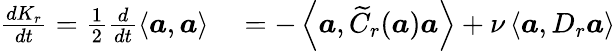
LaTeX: \begin{array}{rl}{\frac{dK_{r}}{dt}=\frac{1}{2}\frac{d}{dt}\left<\boldsymbol{a},\boldsymbol{a}\right>}&{{}=-\left<\boldsymbol{a},\widetilde{C}_{r}(\boldsymbol{a})\boldsymbol{a}\right>+\nu\left<\boldsymbol{a},D_{r}\boldsymbol{a}\right>}\end{array}